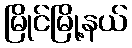
မြိုင်မြို့နယ်